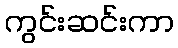
ကွင်းဆင်းကာ